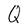
Character: Q